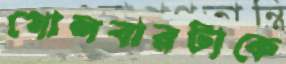
গোলবারটাকে